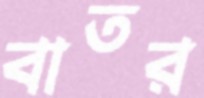
বাতর